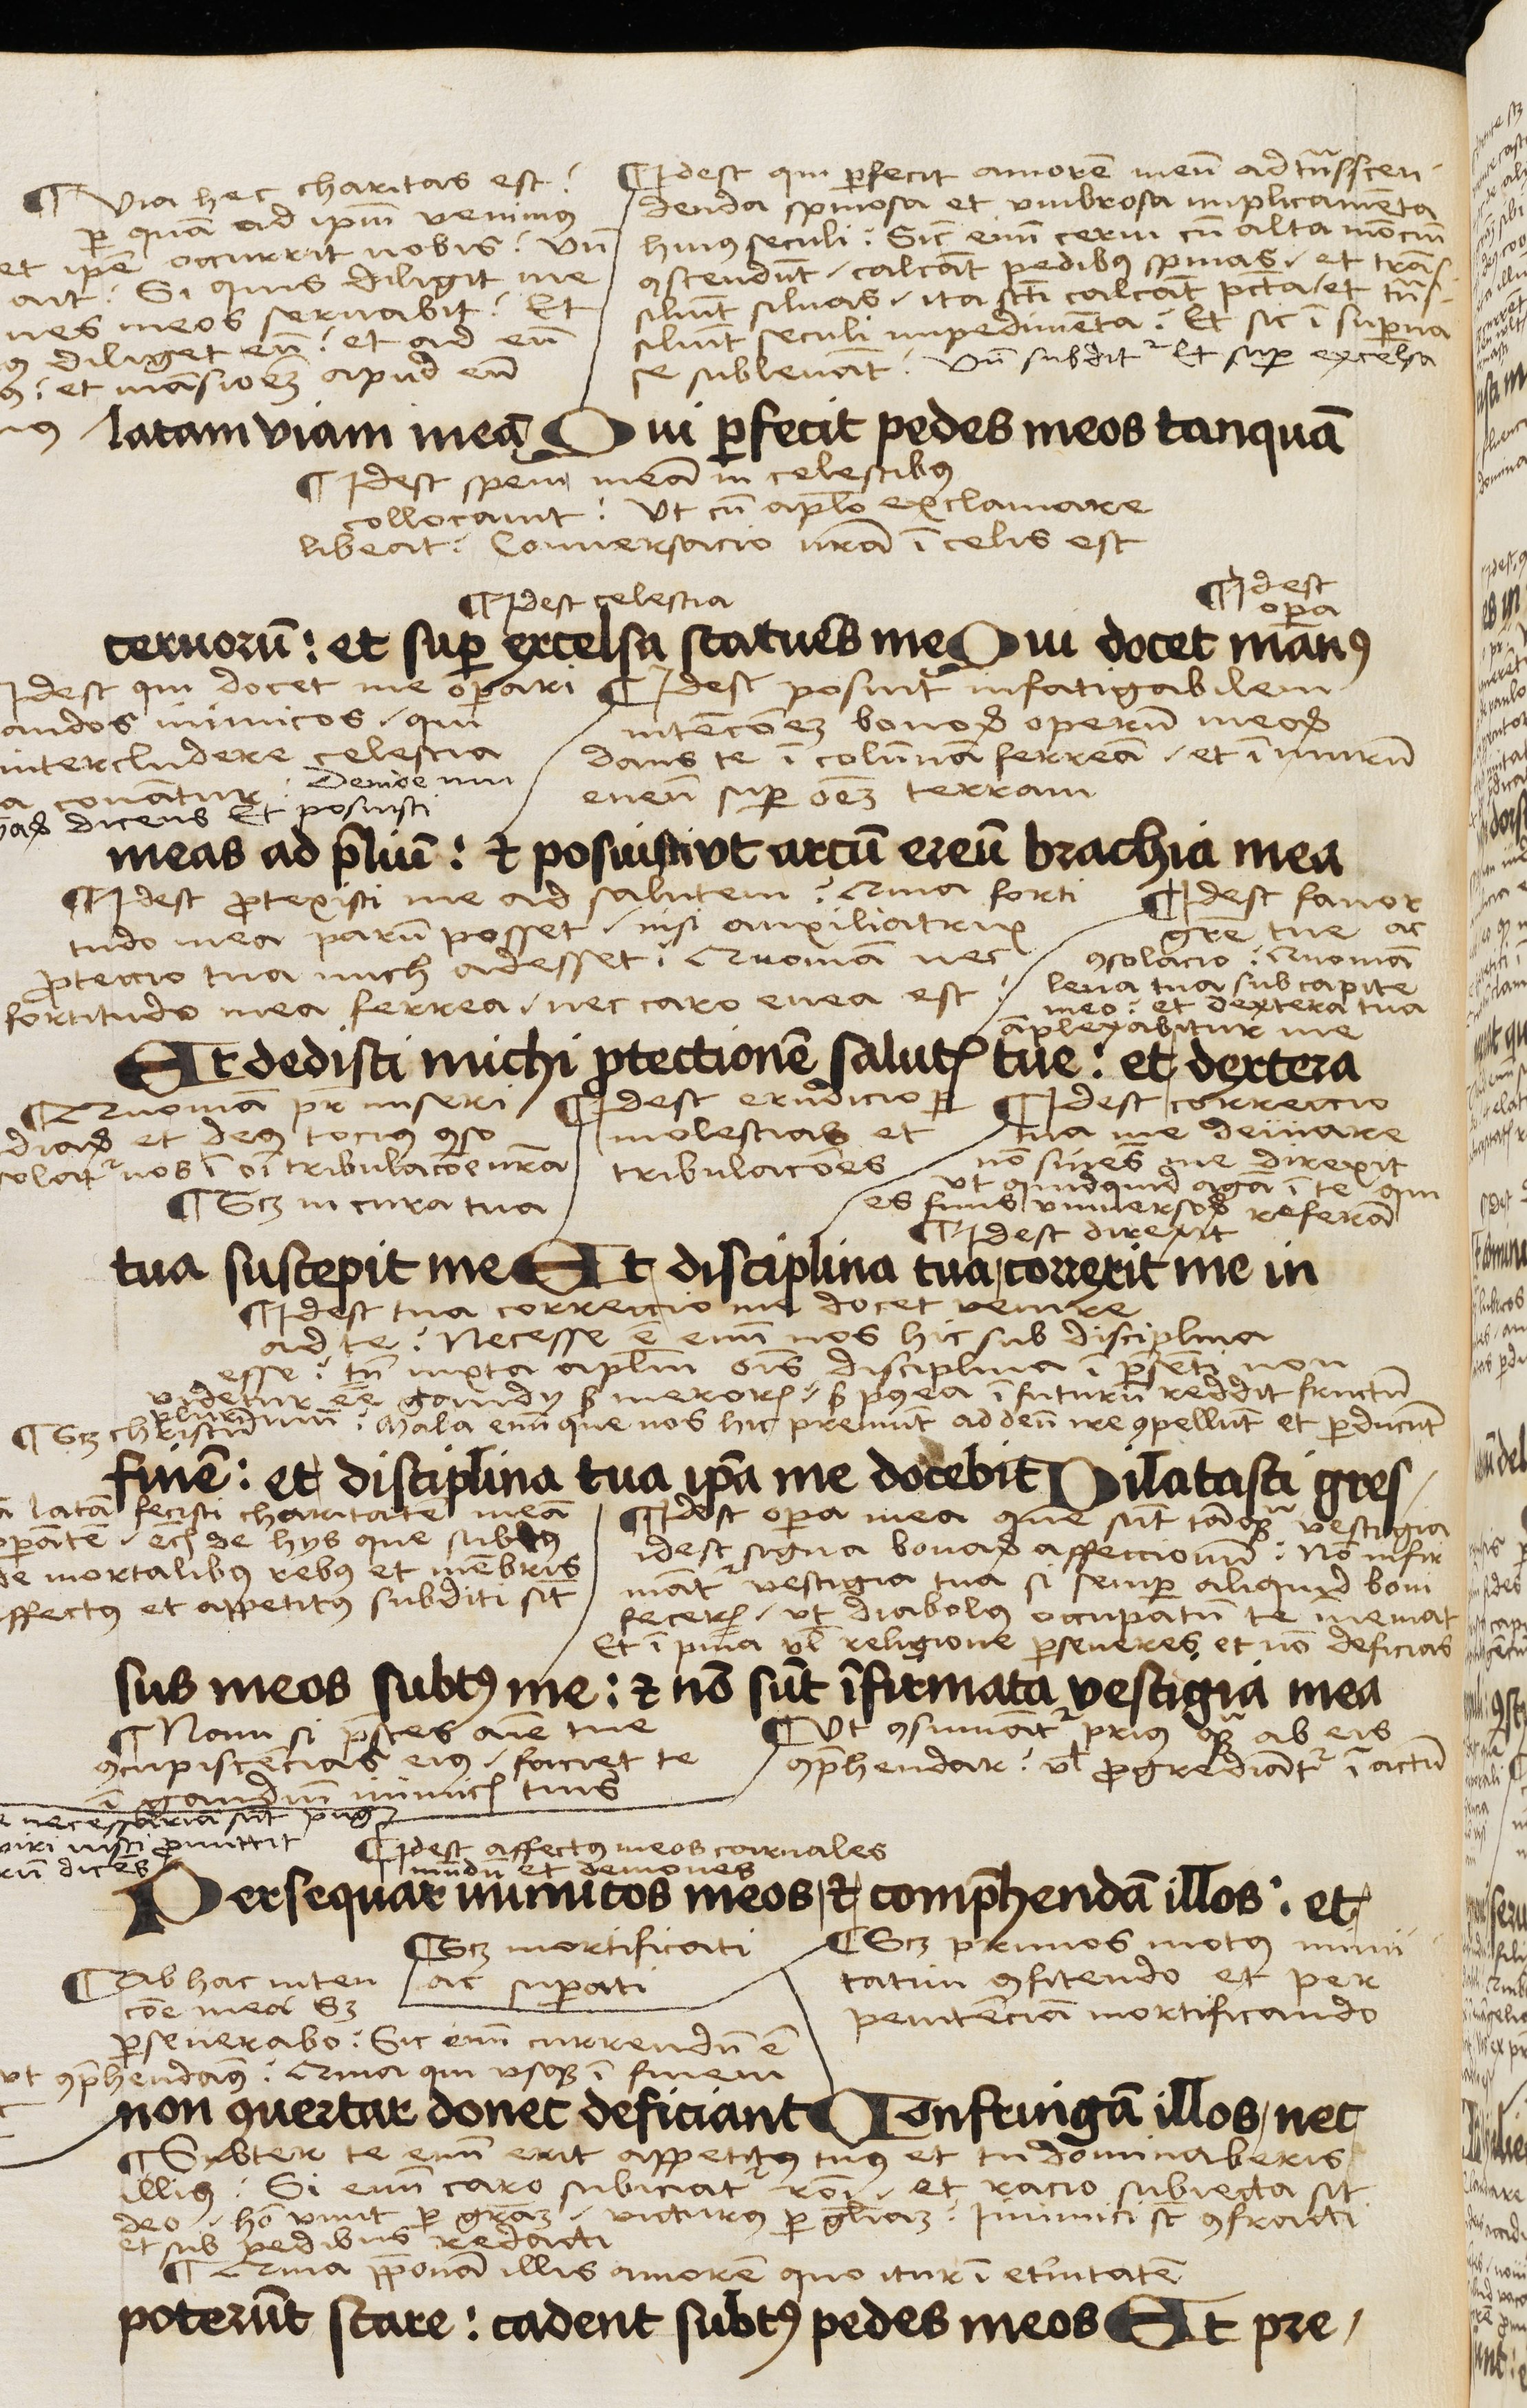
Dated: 1503–1503